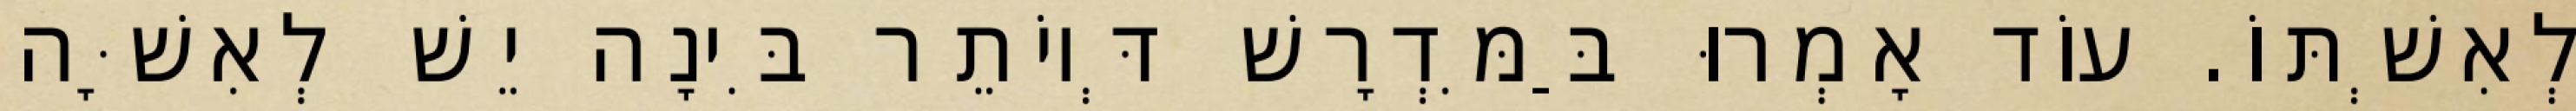
לְאִשְׁתּוֹ. עוֹד אָמְרוּ בַּמִּדְרָשׁ דְּיוֹתֵר בִּינָה יֵשׁ לְאִשָּׁה